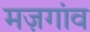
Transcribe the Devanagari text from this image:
मज़गांव